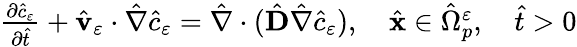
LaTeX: \begin{array}{r}{\frac{\partial{\hat{c}}_{\varepsilon}}{\partial{\hat{t}}}+\hat{\mathbf v}_{\varepsilon}\cdot{\hat{\nabla}}\hat{c}_{\varepsilon}={\hat{\nabla}}\cdot(\hat{\textbf{D}}{\hat{\nabla}}\hat{c}_{\varepsilon}),\quad\hat{\mathbf x}\in{\hat{\Omega}}_{p}^{\varepsilon},\quad\hat{t}>0}\end{array}